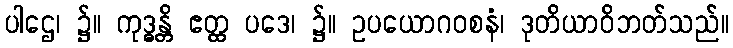
ပါဌေ၊ ၌။ ကုဒ္ဓန္တိ ဧတ္ထ ပဒေ၊ ၌။ ဥပယောဂဝစနံ၊ ဒုတိယာဝိဘတ်သည်။